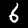
Label: 6